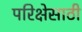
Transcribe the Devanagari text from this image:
परिक्षेसाठी